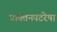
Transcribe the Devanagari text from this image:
प्राक्तनपटरेषा